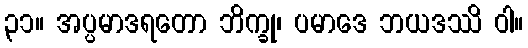
၃၁။ အပ္ပမာဒရတော ဘိက္ခု၊ ပမာဒေ ဘယဒဿိ ဝါ။